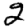
Digit: 2